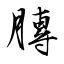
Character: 膞